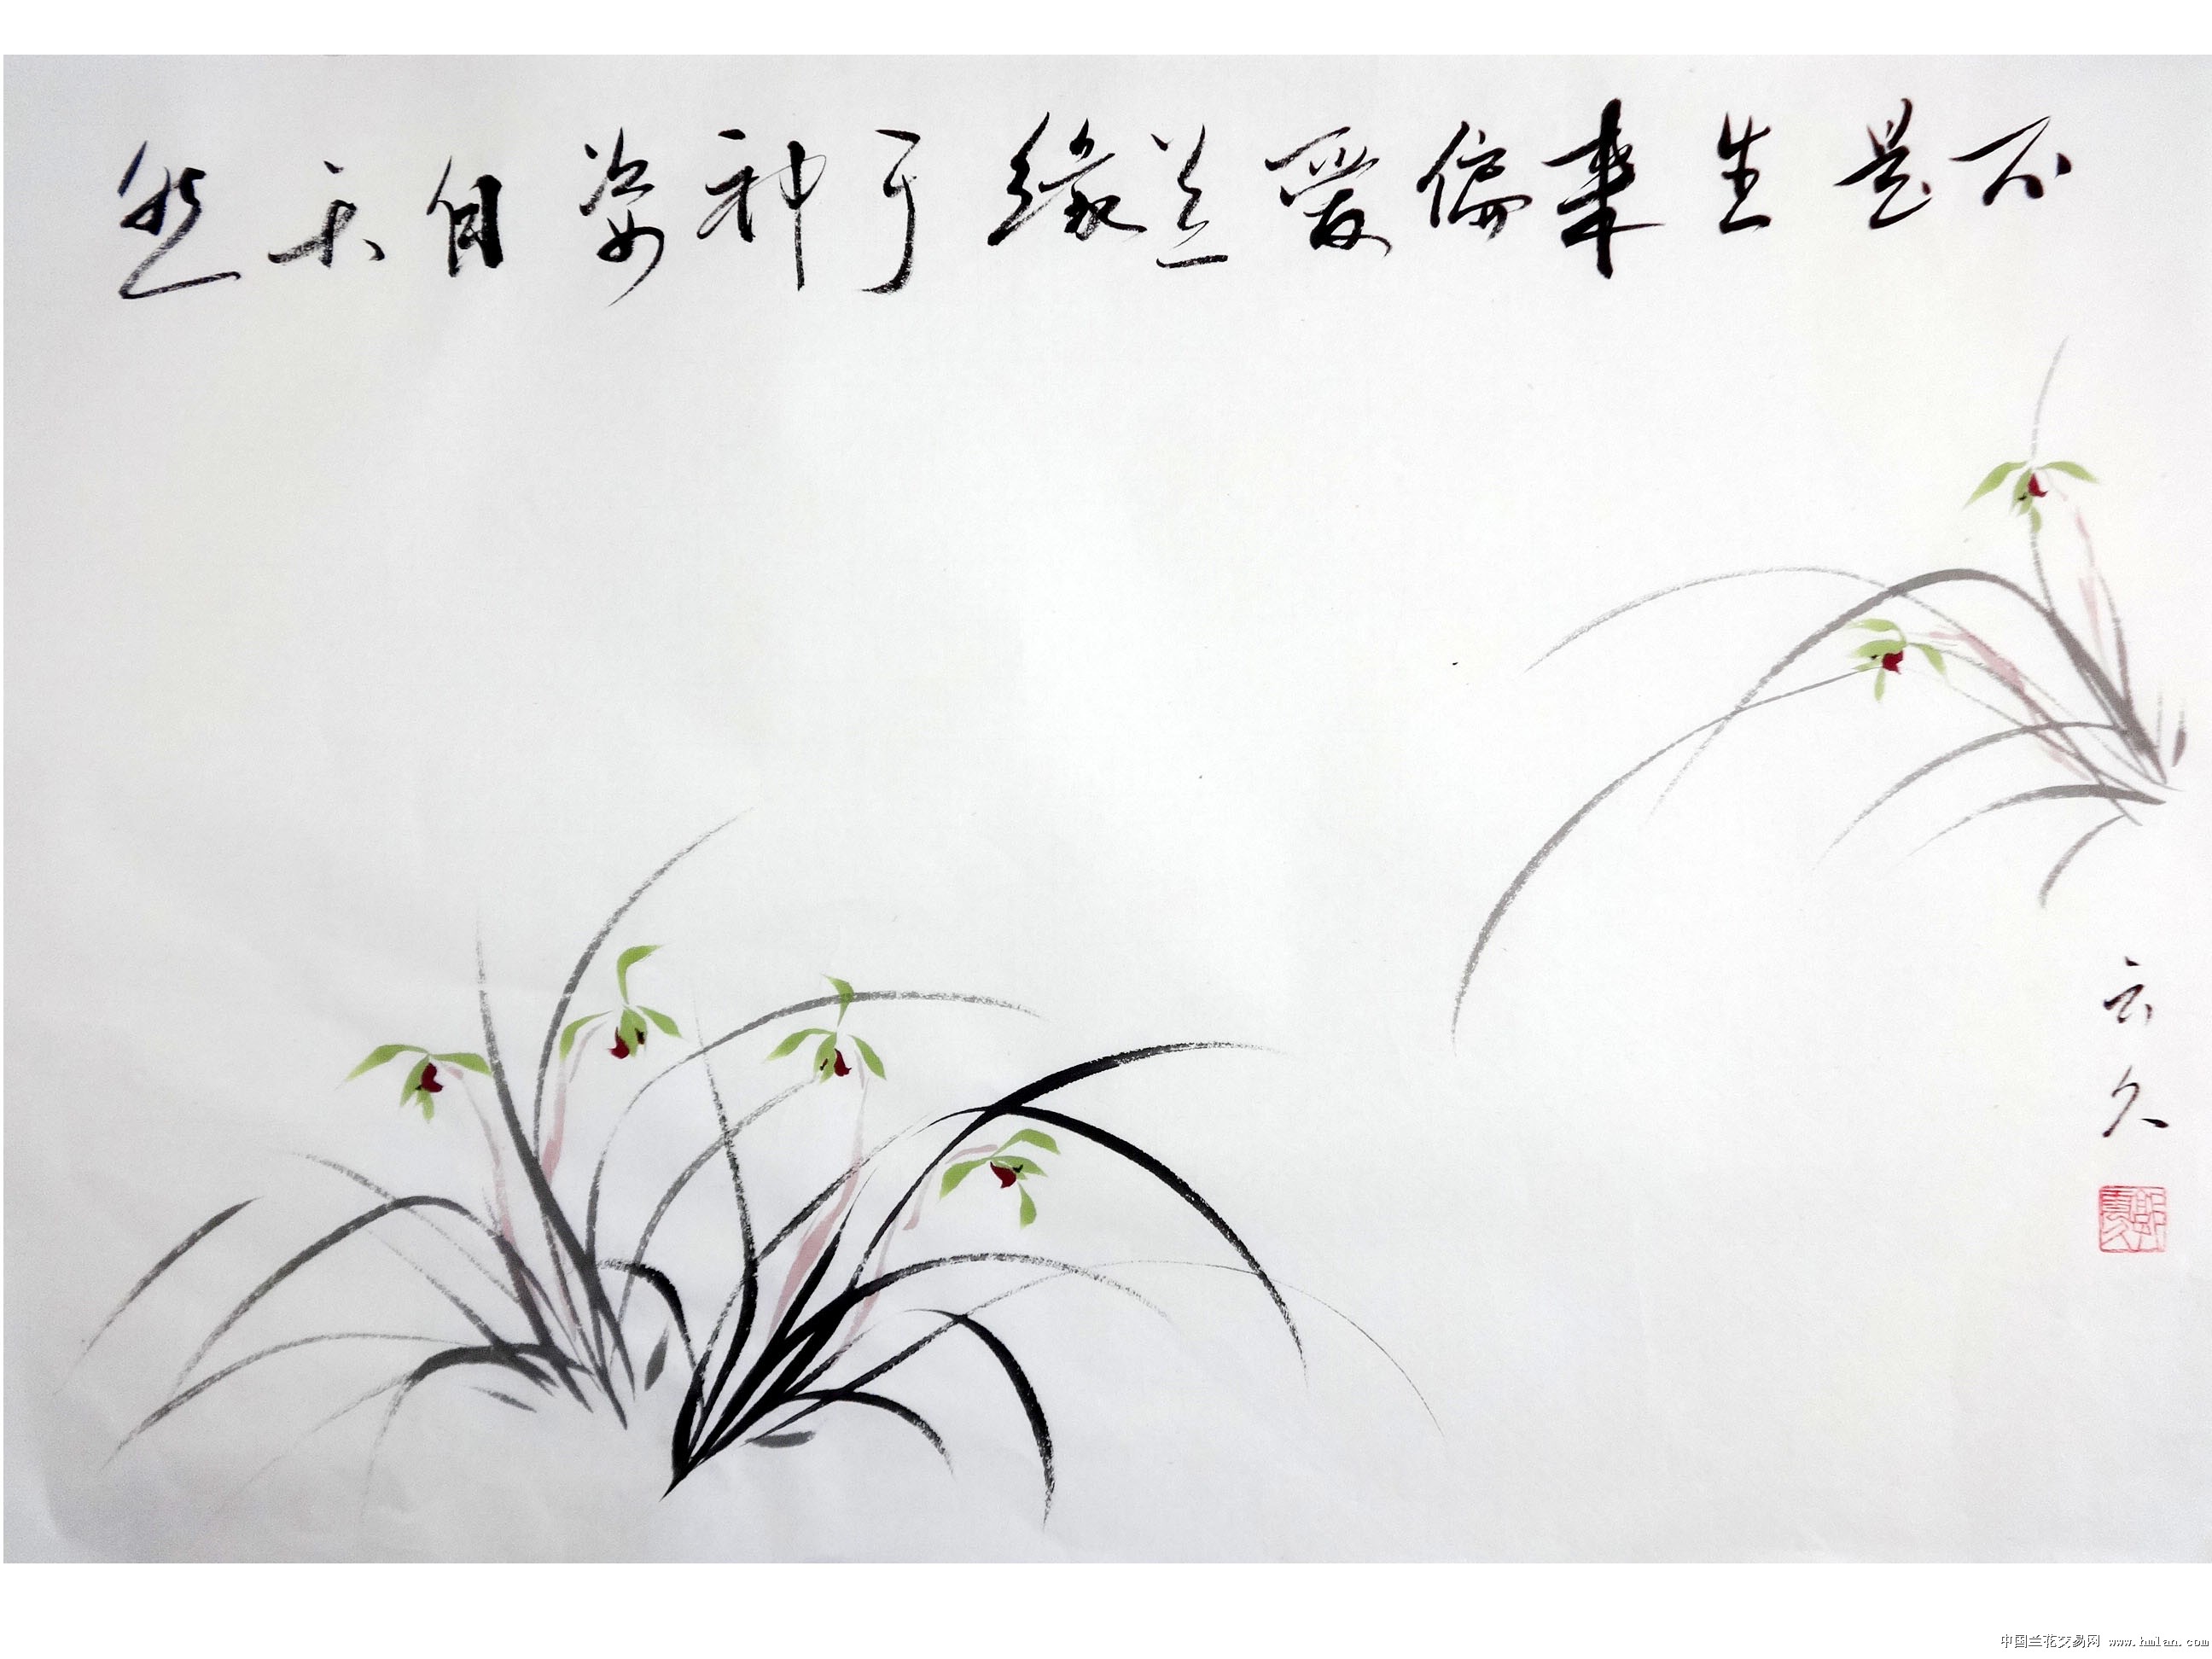
通则骄而偏，穷则弃而儑。